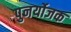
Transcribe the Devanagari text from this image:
पुनर्योजक